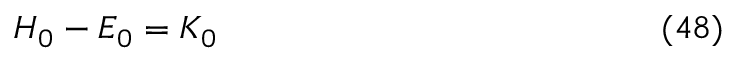
H _ { 0 } - E _ { 0 } = K _ { 0 } \eqno ( 4 8 )